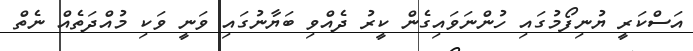
އަސްކަރީ ޔުނިފޯމުގައި ހުންނަވައިގެން ކީރު ދެއްވި ބަޔާނުގައި ވަނީ ވަކި މުއްދަތެއް ނެތް